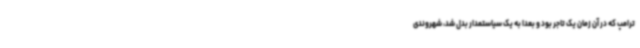
ترامپ که در آن زمان یک تاجر بود و بعدا به یک سیاستمدار بدل شد، شهروندی